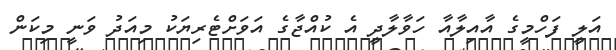
އަލީ ފަހްމީގެ އާއިލާއާ ހަވާލާދީ އެ ކުއްޖާގެ އަވަށްޓެރިޔަކު މިއަދު ވަނީ މިކަން